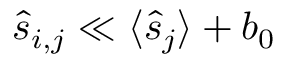
\hat { s } _ { i , j } \ll \langle \hat { s } _ { j } \rangle + b _ { 0 }